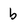
Character: b